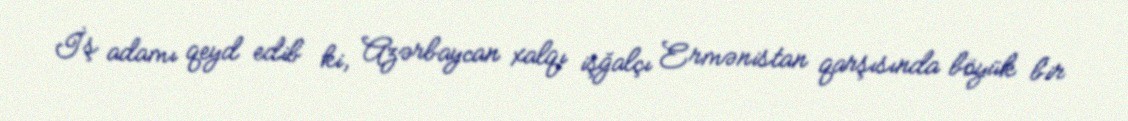
İş adamı qeyd edib ki, Azərbaycan xalqı işğalçı Ermənistan qarşısında böyük bir